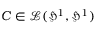
C \in \mathcal { L } ( \mathfrak { H } ^ { 1 } , \mathfrak { H } ^ { 1 } )